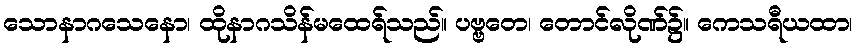
သောနာဂသေနော၊ ထိုနာဂသိန်မထေရ်သည်။ ပဗ္ဗတေ၊ တောင်လိုဏ်၌။ ကေသရီယထာ၊